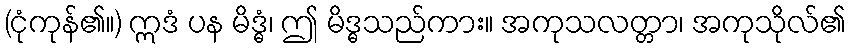
(ငုံကုန်၏။) ဣဒံ ပန မိဒ္ဓံ၊ ဤ မိဒ္ဓသည်ကား။ အကုသလတ္တာ၊ အကုသိုလ်၏